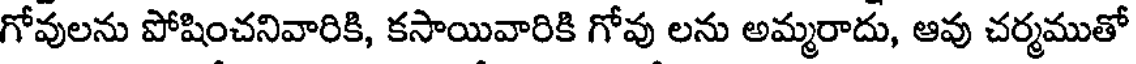
గోవులను పోషించనివారికి, కసాయివారికి గోవు లను అమ్మరాదు, ఆవు చర్మముతో